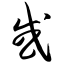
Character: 或